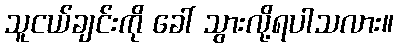
သူငယ်ချင်းကို ခေါ် သွားလို့ရပါသလား။